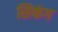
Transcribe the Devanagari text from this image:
सिफंग